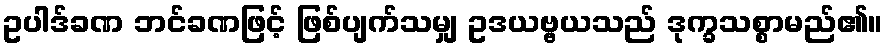
ဥပါဒ်ခဏ ဘင်ခဏဖြင့် ဖြစ်ပျက်သမျှ ဥဒယဗ္ဗယသည် ဒုက္ခသစ္စာမည်၏။